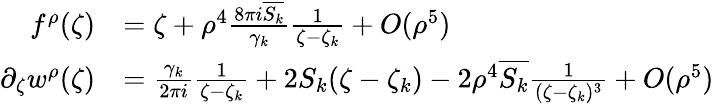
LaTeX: \begin{array}{rl}{f^{\rho}(\zeta)}&{=\zeta+\rho^{4}\frac{8\pi i\overline{{S_{k}}}}{\gamma_{k}}\frac{1}{\zeta-\zeta_{k}}+O(\rho^{5})}\\ {\partial_{\zeta}w^{\rho}(\zeta)}&{=\frac{\gamma_{k}}{2\pi i}\frac{1}{\zeta-\zeta_{k}}+2S_{k}(\zeta-\zeta_{k})-2\rho^{4}\overline{{S_{k}}}\frac{1}{(\zeta-\zeta_{k})^{3}}+O(\rho^{5})}\end{array}